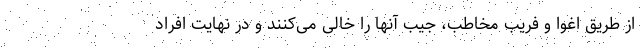
از طریق اغوا و فریب مخاطب، جیب آنها را خالی می‌کنند و در نهایت افراد